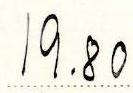
19.80